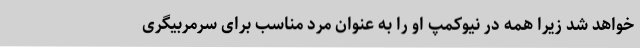
خواهد شد زیرا همه در نیوکمپ او را به عنوان مرد مناسب برای سرمربیگری